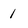
Character: 1